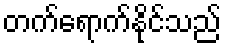
တက်ရောက်နိုင်သည်